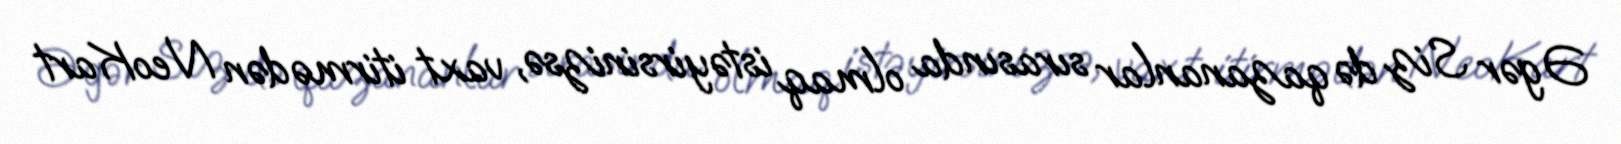
Əgər Siz də qazananlar sırasında olmaq istəyirsinizsə, vaxt itirmədən NeoKart